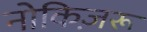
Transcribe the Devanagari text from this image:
नोकिज़रू